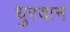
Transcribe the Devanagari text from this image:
धुरवान